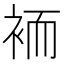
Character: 袻